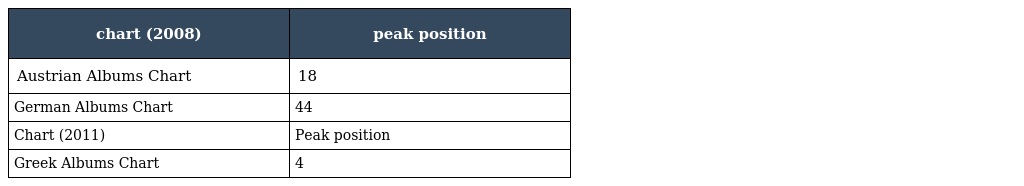
| chart (2008) | peak position |
 | --- | --- |
 | Austrian Albums Chart | 18 |
 | German Albums Chart | 44 |
 | Chart (2011) | Peak position |
 | Greek Albums Chart | 4 |